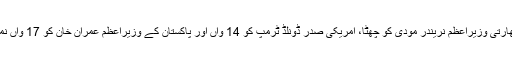
فہرست میں بھارتی وزیراعظم نریندر مودی کو چھٹا، امریکی صدر ڈونلڈ ٹرمپ کو 14 واں اور پاکستان کے وزیراعظم عمران خان کو 17 واں نمبر دیا گیا ہے۔